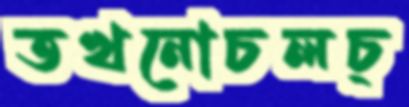
তখনোচলচ্